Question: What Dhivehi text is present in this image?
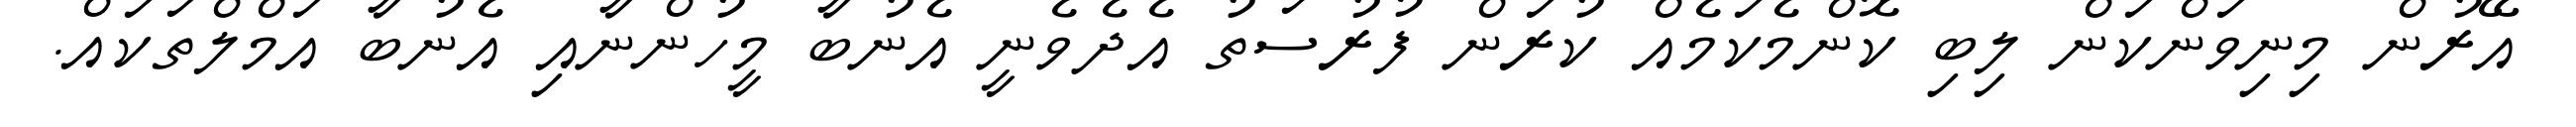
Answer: އޭރުން މިނިވަންކަން ލިބި ކޮންމެކަމެއް ކުރަން ފުރުސަތު އެދެވެނީ އެނުބާ މީހުންނާއި އެނުބާ އަމްލްތަކައް.